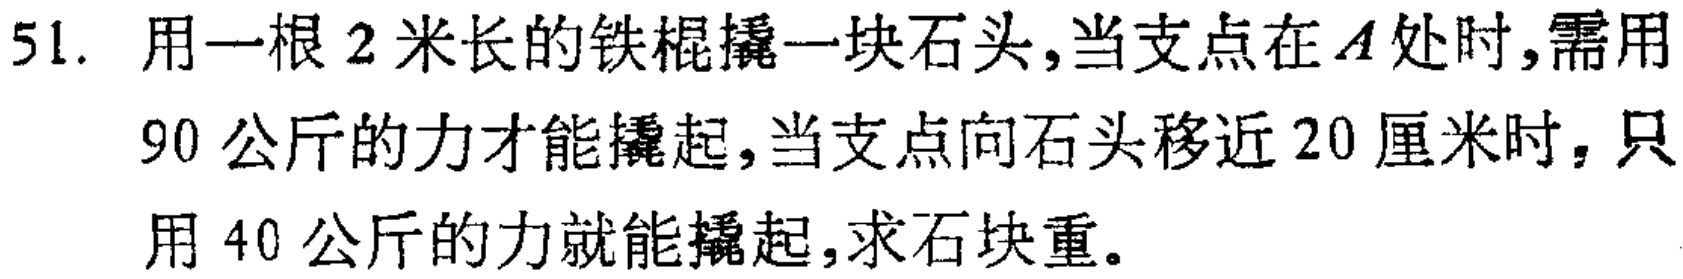
51. 用一根2米长的铁棍撬一块石头,当支点在\(A\)处时,需用
90公斤的力才能撬起,当支点向石头移近20厘米时,只
用40公斤的力就能撬起,求石块重。